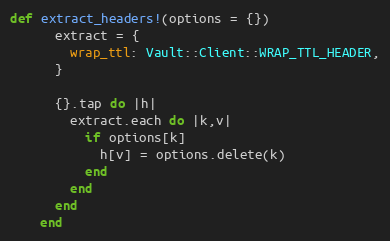
Language: Ruby
def extract_headers!(options = {})
      extract = {
        wrap_ttl: Vault::Client::WRAP_TTL_HEADER,
      }

      {}.tap do |h|
        extract.each do |k,v|
          if options[k]
            h[v] = options.delete(k)
          end
        end
      end
    end